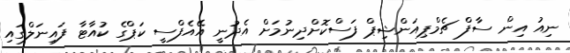
ނިއު އިން ސާފް ޗެމްޕިއަންޝިޕް ފަސްކޮށްދިނުމަށް އެދުނީ އޭއެފްސީ ކަޕްގެ ކުއާޓާ ފައިނަލްގައި